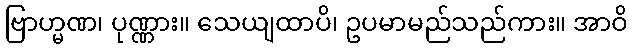
ဗြာဟ္မဏ၊ ပုဏ္ဏား။ သေယျထာပိ၊ ဥပမာမည်သည်ကား။ အာဝိ